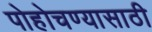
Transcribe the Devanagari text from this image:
पोहोचण्‍यासाठी